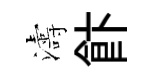
濤飰